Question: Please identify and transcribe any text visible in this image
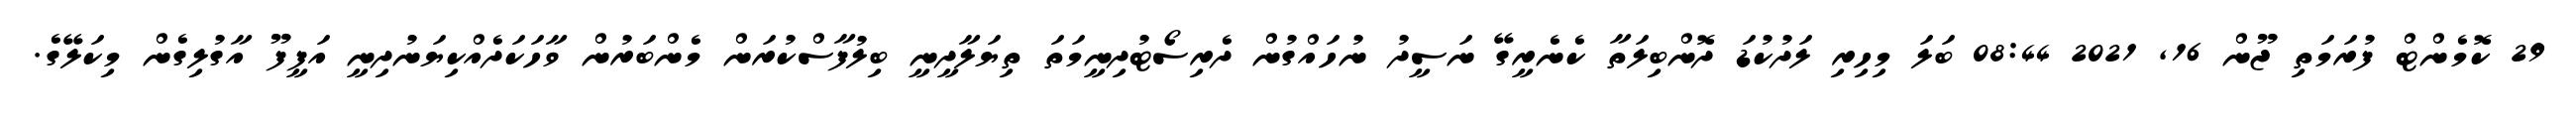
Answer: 29 ކޮމެންޓް ފުރަމަތި ޖޫން 16, 2021 08:44 ބަލަ މިހިރި ލަދުކުޑަ ދޮންބިލަތާ ކެނެރީގޭ ނަސީދު ނުހައްގުން ދެރިސޯޓުދިނީމަތަ ތިޔަލާދީނީ ބިލުފާސްކުރަން މެންބަރުން ވާހަކަދެއްކިޔަނުދިނީ އަފީފޫ އާގުލިގެން މިކަލޭގެ.